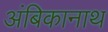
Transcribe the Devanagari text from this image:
अंबिकानाथ